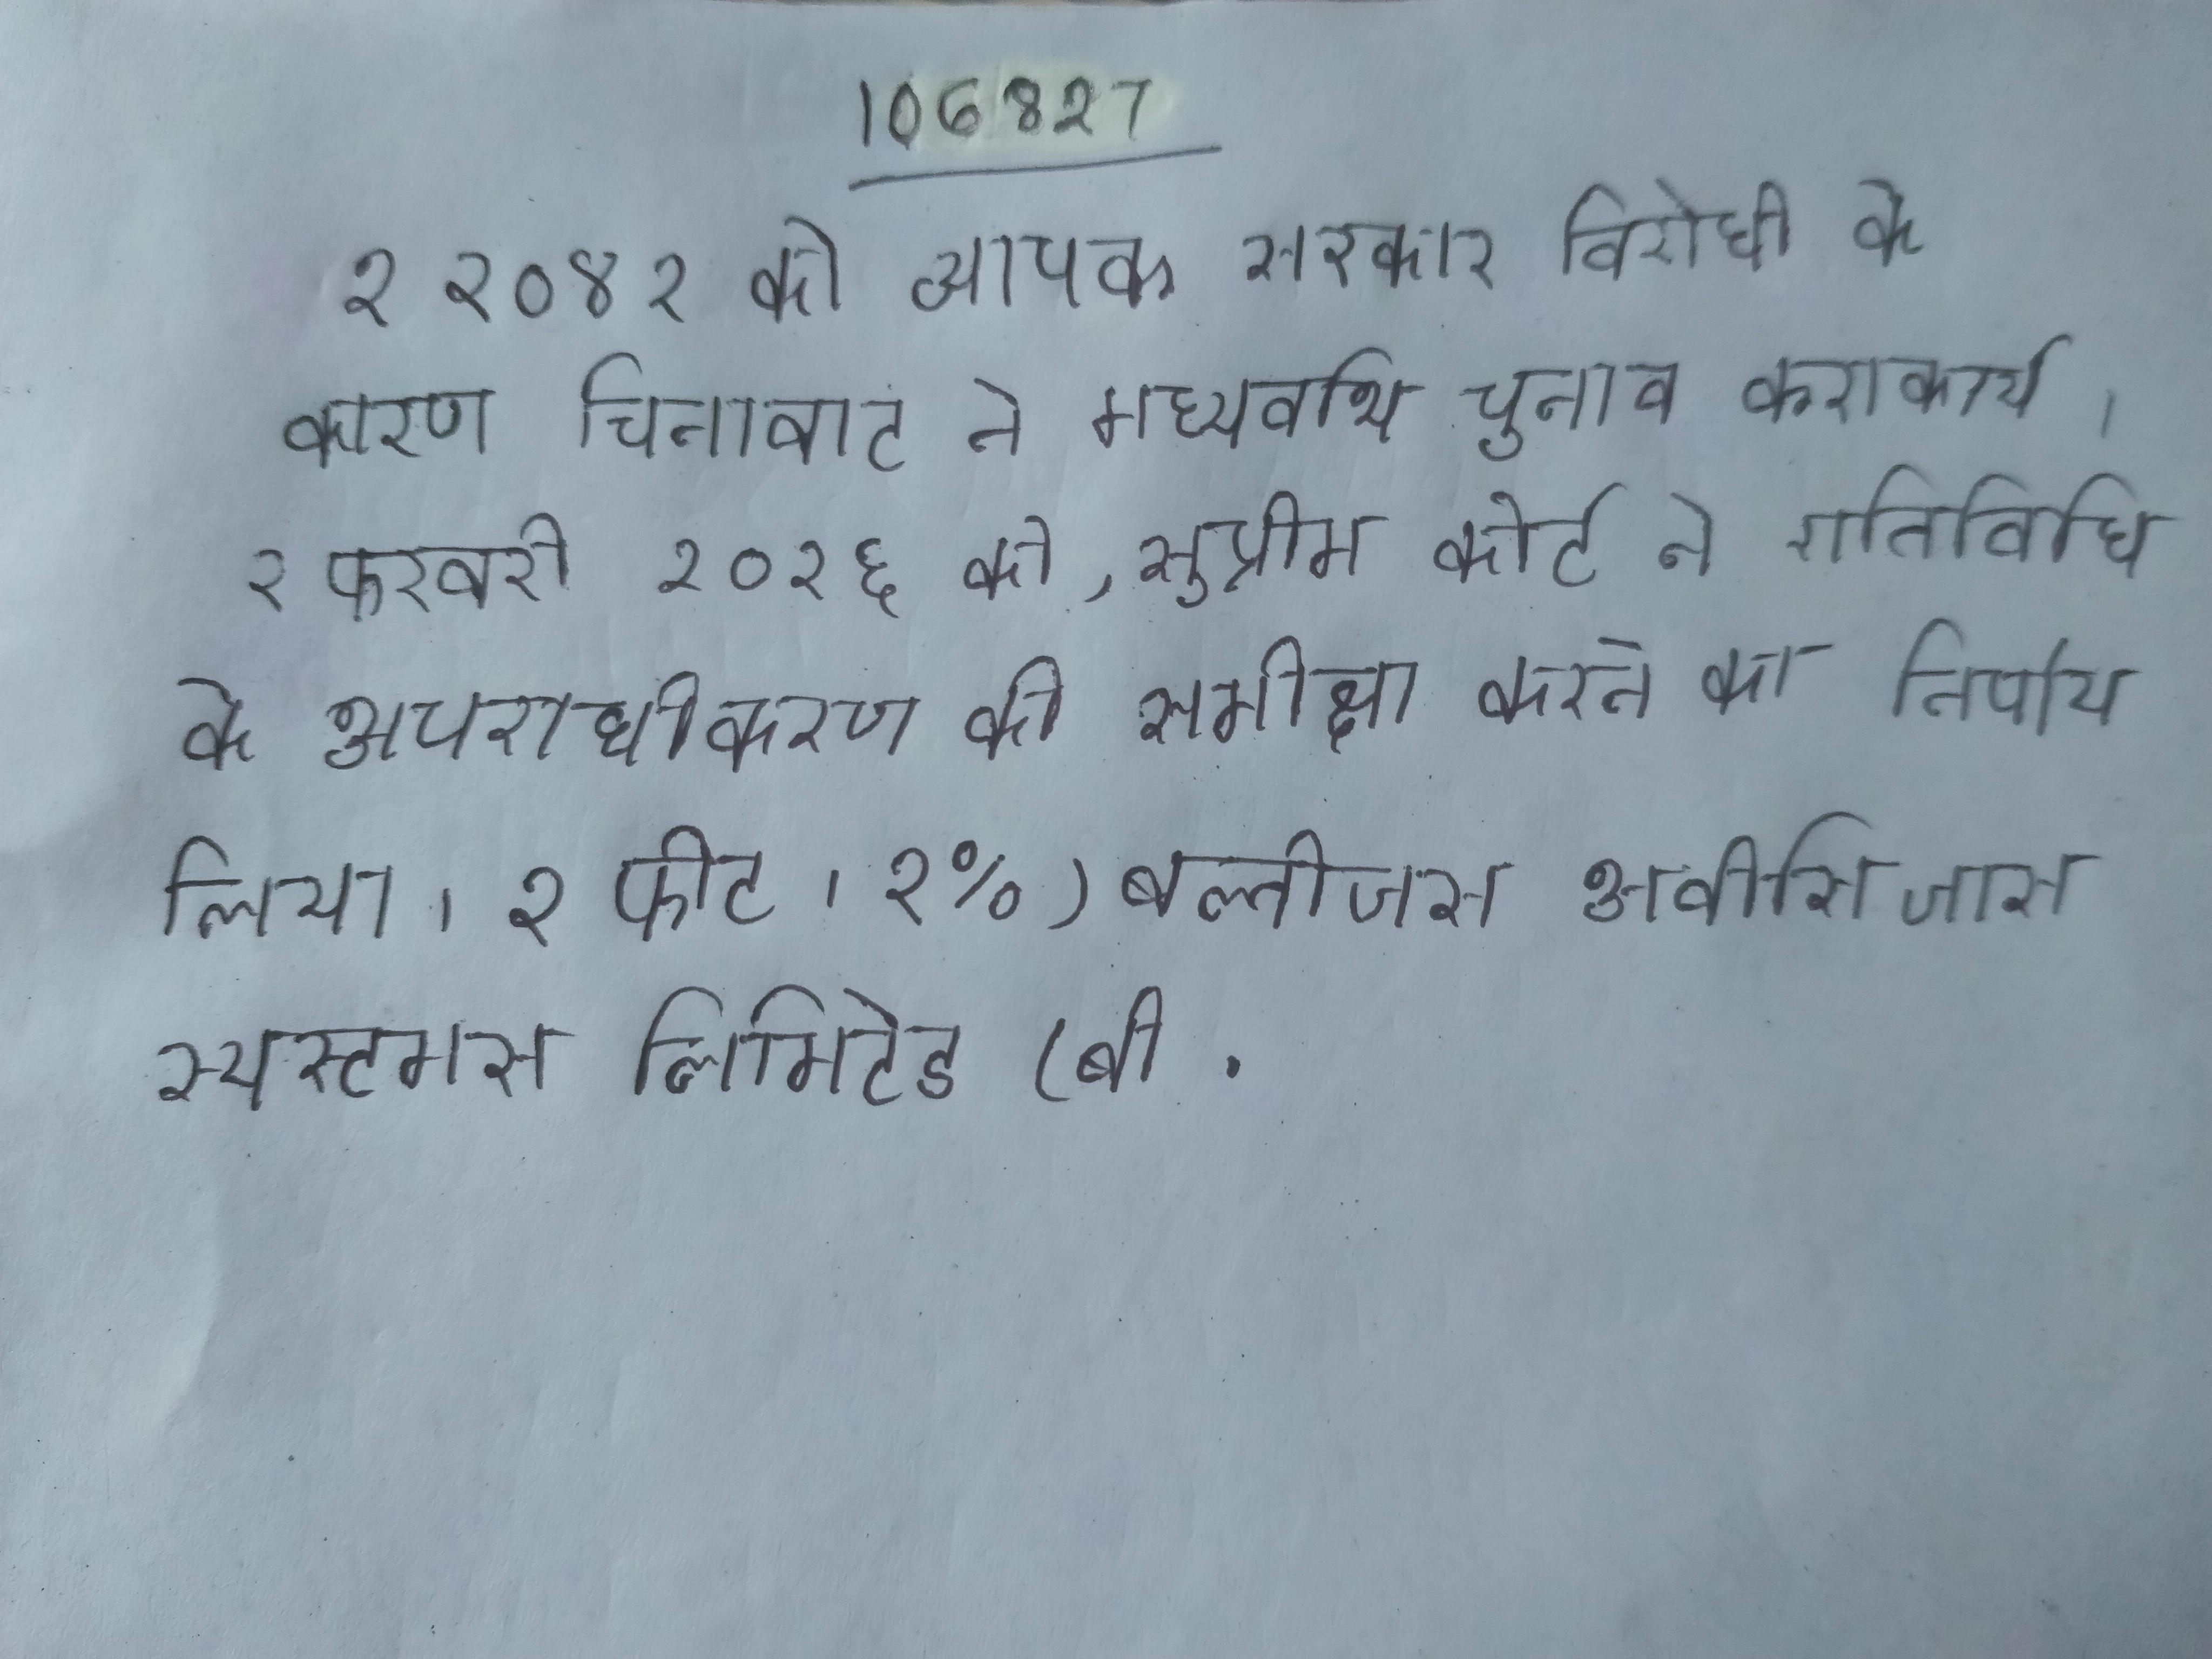
२ २०१४ को व्यापक सरकार विरोधी के कारण चिनावाट ने मध्यावधि चुनाव करावाये । २ फरवरी २०१६ को, सुप्रीम कोर्ट ने गतिविधि के अपराधीकरण की समीक्षा करने का निर्णय लिया । २ फीट । २%) बल्तीजस अवीसिजास स्यस्टमस लिमिटेड (बी .